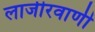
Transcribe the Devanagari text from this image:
लाजीरवाणी